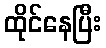
ထိုင်နေပြီး